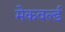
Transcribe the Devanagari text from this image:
मेकवर्ल्ड